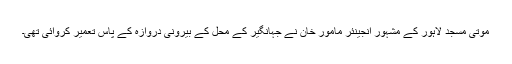
موتی مسجد لاہور کے مشہور انجینئر مامور خان نے جہانگیر کے محل کے بیرونی دروازہ کے پاس تعمیر کروائی تھی۔